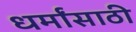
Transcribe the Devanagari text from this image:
धर्मांसाठी